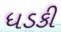
ધડકી